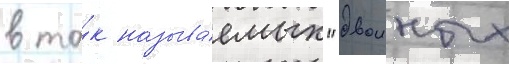
в та́к называ́емых "двоиных